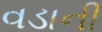
વડાની